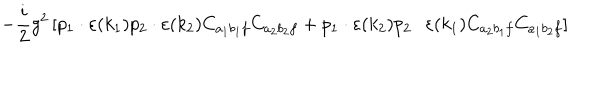
- \frac { i } { 2 } g ^ { 2 } \left[ p _ { 1 } \cdot \varepsilon ( k _ { 1 } ) p _ { 2 } \cdot \varepsilon ( k _ { 2 } ) C _ { a _ { 1 } b _ { 1 } f } C _ { a _ { 2 } b _ { 2 } f } + p _ { 1 } \cdot \varepsilon ( k _ { 2 } ) p _ { 2 } \cdot \varepsilon ( k _ { 1 } ) C _ { a _ { 2 } b _ { 1 } f } C _ { a _ { 1 } b _ { 2 } f } \right] \,